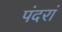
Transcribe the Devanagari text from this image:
पंदरां